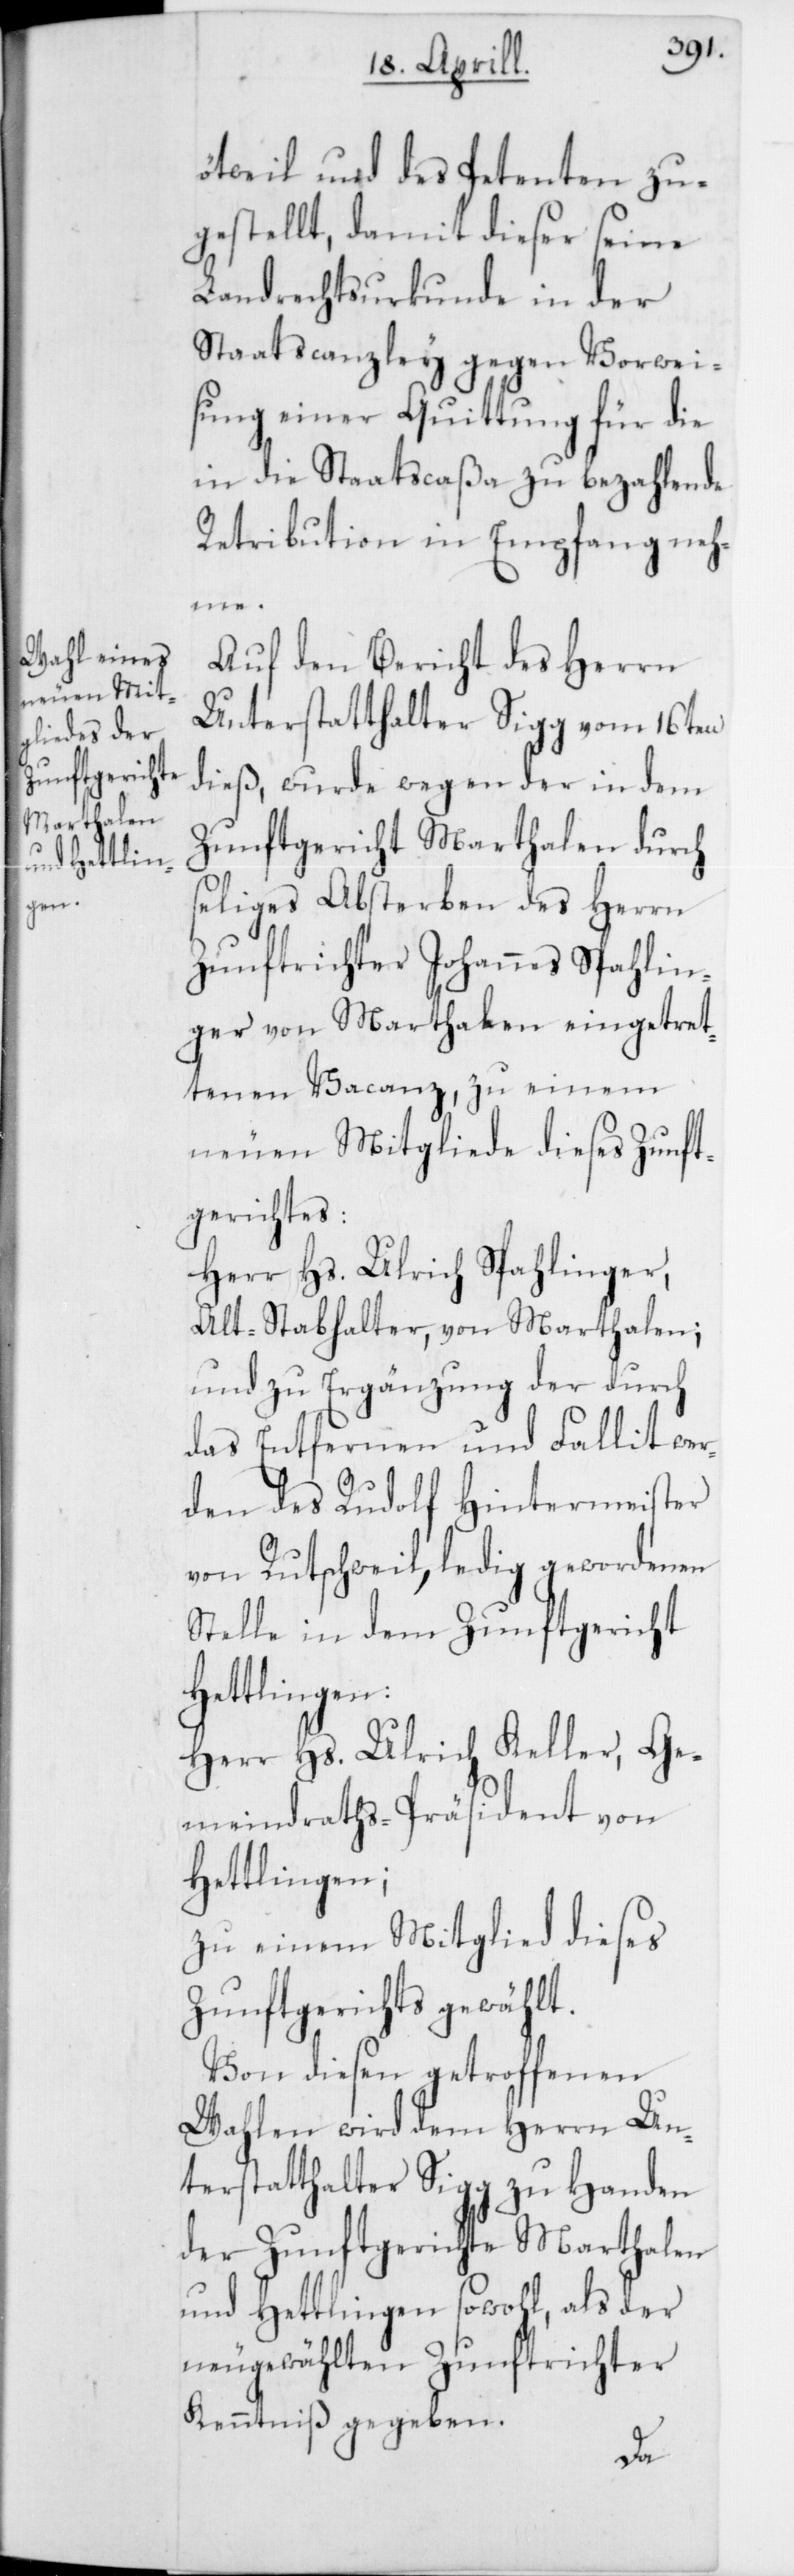
ötweil und des Petenten zu¬
gestellt, damit dieser seine
Landrechtsurkunde in der
Staatscanzley gegen Vorwei¬
sung seiner Quittung für die
in die Staatscaßa zu bezahlende
Retribution in Empfang neh¬
me.
Auf den Bericht des Herrn
Unterstatthalter Sigg vom 16ten
dieß, wurde wegen der in dem
Zunftgericht Marthalen durch
seliges Absterben des Herrn
Zunftrichter Johannes Spahlin¬
ger von Marthalen eingetret¬
tenen Vacanz, zu einem
neuen Mitgliede dieses Zunft¬
gerichtes:
Herr Hs. Ulrich Spahlinger,
Alt-Stabhalter, von Marthalen;
und zu Ergänzung der durch
das Entfernen und Fallit wer¬
den des Rudolf Hintermeister
von Rutschweil, ledig gewordenen
Stelle in dem Zunftgericht
Hettlingen:
Herr Hs. Ulrich Keller, Ge¬
meindraths-Präsident von
Hettlingen;
zu einem Mitglied dieses
Zunftgerichts gewählt.
Von diesen getroffenen
Wahlen wird dem Herrn Un¬
terstatthalter Sigg zu Handen
der Zunftgerichte Marthalen
und Hettlingen sowohl, als der
neu gewählten Zunftrichter
Kenntniß gegeben.